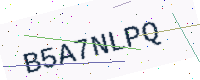
Text: B5A7NLPQ